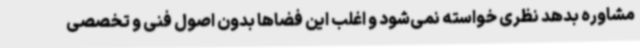
مشاوره بدهد نظری خواسته نمی‌شود و اغلب این فضاها بدون اصول فنی و تخصصی